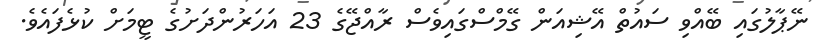
ނޭޕާލުގައި ބޭއްވި ސައުތް އޭޝިއަން ގޭމްސްގައިވެސް ރާއްޖޭގެ 23 އަހަރުންދަށުގެ ޓީމަށް ކުޅެފައެވެ.